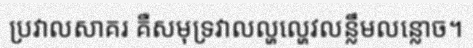
ប្រវាលសាគរ គឺសមុទ្រវាលល្ហល្ហេវលន្លឹមលន្លោច។